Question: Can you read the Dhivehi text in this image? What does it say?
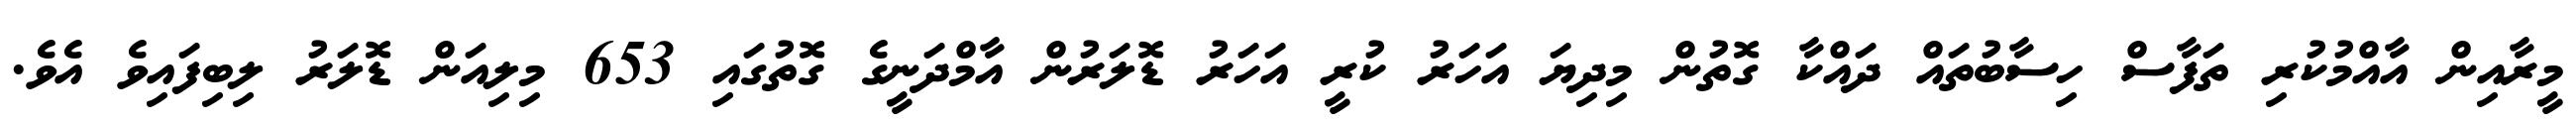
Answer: މީރާއިން އާއްމުކުރި ތަފާސް ހިސާބުތައް ދައްކާ ގޮތުން މިދިޔަ އަހަރު ކުރީ އަހަރު ޑޮލަރުން އާމްދަނީގެ ގޮތުގައި 653 މިލިއަން ޑޮލަރު ލިބިފައިވެ އެވެ.